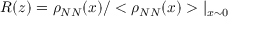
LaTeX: R ( z ) = \rho _ { N N } ( x ) / < \rho _ { N N } ( x ) > \vert _ { x \sim 0 }